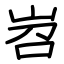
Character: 岧